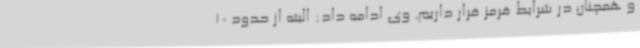
و همچنان در شرایط قرمز قرار داریم. وی ادامه داد: البته از حدود 10